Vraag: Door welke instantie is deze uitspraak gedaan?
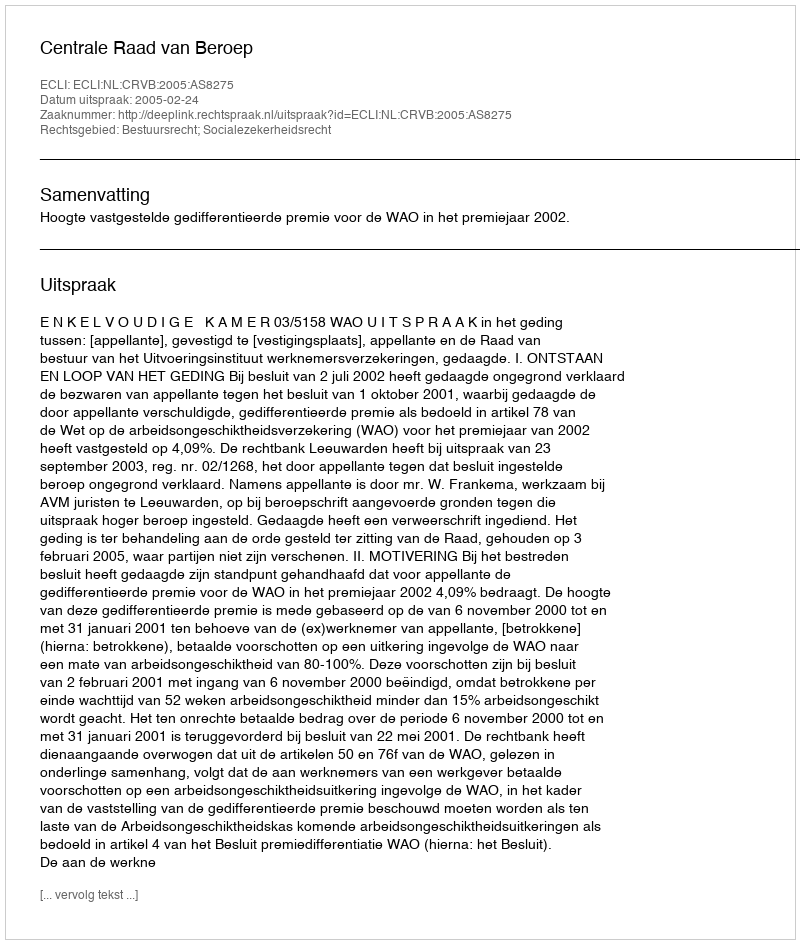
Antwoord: Centrale Raad van Beroep